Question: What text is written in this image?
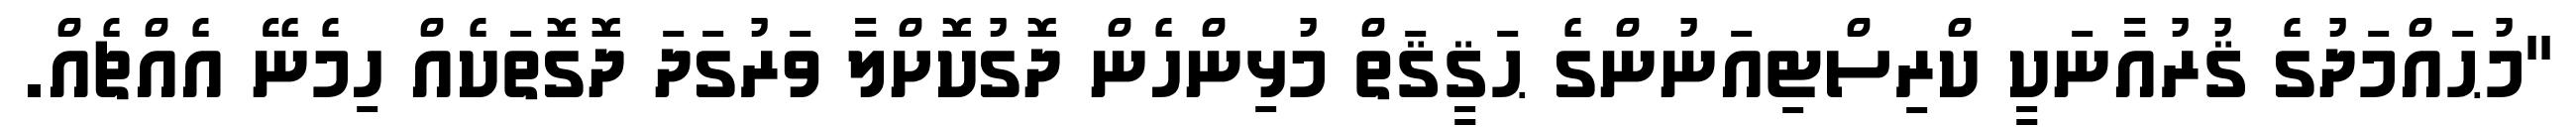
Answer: "މުޙައްމަދުގެ ޤުރުއާނަކީ ކްރިސްޓިއަނުންގެ ޙަޤީޤަތް މުޅިންހެން ދޮގުކޮށްލާ ވަރުގަދަ ދޮގޮތަކެއް ހިމެނޭ އެއްޗެއް.